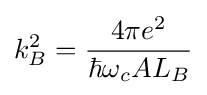
k_{B}^{2}={4\pi e^{2} \over \hbar \omega _{c}AL_{B}}